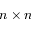
n \times n